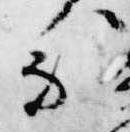
不